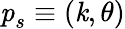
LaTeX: \textbf{\textit{p}}_{s}\equiv(\textbf{\textit{k}},\theta)